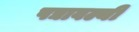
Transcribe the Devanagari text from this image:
पद्यावल्यी